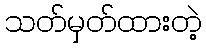
သတ်မှတ်ထားတဲ့